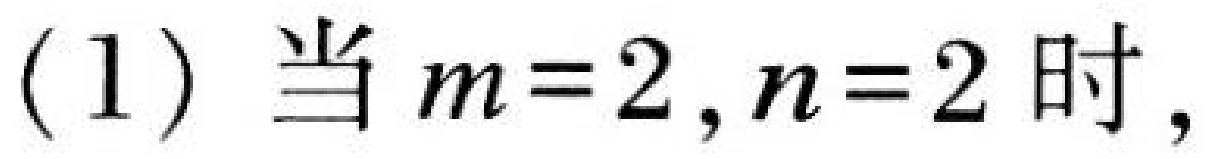
(1) 当 \(m = 2,n = 2\) 时，